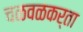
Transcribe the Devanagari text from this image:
चळवळकर्ता